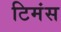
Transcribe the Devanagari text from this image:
टिमंस